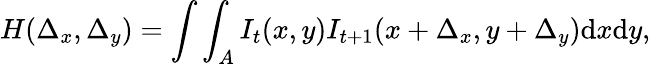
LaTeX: H(\Delta_{x},\Delta_{y})=\int\int_{A}I_{t}(x,y)I_{t+1}(x+\Delta_{x},y+\Delta_{y})\mathrm{d}x\mathrm{d}y,